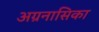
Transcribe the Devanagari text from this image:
अग्रनासिका